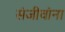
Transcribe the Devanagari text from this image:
संजीवांना